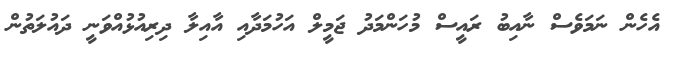
އެހެން ނަމަވެސް ނާއިބު ރައީސް މުހަންމަދު ޖަމީލް އަހުމަދާއި އާއިލާ ދިރިއުޅުއްވަނީ ދައުލަތުން